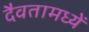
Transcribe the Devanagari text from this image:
दैवतामध्यें